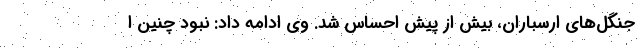
جنگل‌های ارسباران، بیش از پیش احساس شد. وی ادامه داد: نبود چنین ا